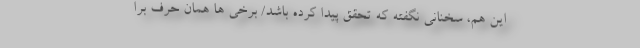
این هم، سخنانی نگفته که تحقق پیدا کرده باشد/ برخی ها همان حرف برا